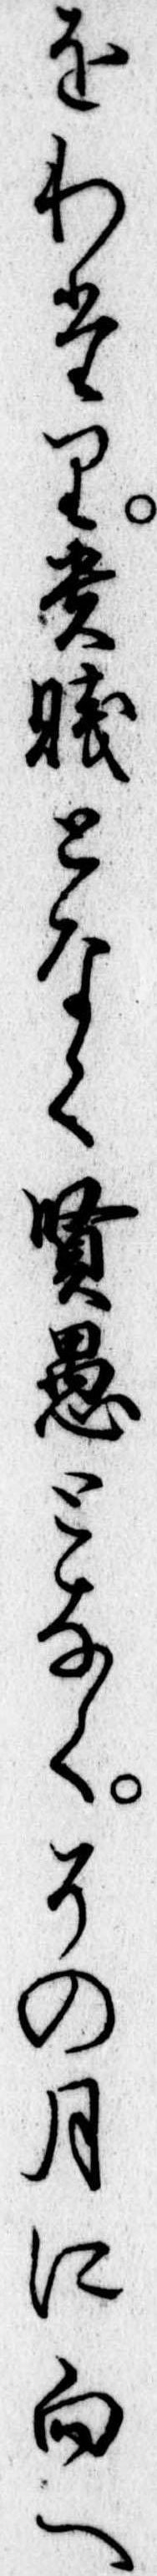
をわたり貴賎となく賢愚となくその月に向へ